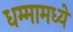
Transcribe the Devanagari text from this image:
धम्मामध्ये